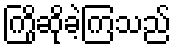
ကြိုဆိုခဲ့ကြသည်